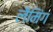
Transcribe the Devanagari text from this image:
लैमिंग